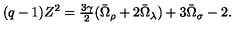
( q - 1 ) Z ^ { 2 } = \textstyle { \frac { 3 \gamma } { 2 } } ( \bar { \Omega } _ { \rho } + 2 \bar { \Omega } _ { \lambda } ) + 3 \bar { \Omega } _ { \sigma } - 2 .